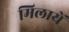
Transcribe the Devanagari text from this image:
मिलायें